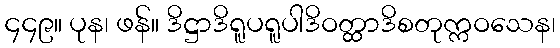
၄၄၉။ ပုန၊ ဖန်။ ဒိဋ္ဌာဒိရူပရူပါဒိဝတ္ထာဒိစတုက္ကဝသေန၊